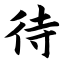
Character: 待